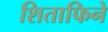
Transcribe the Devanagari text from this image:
शिताफिने